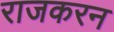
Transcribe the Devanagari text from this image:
राजकरन